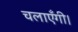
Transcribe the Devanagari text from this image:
चलाएँगी।